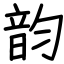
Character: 韵